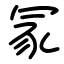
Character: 冡